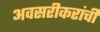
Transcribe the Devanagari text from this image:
अवसरीकरांची